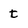
Character: t